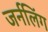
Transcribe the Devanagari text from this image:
जर्नलिंग